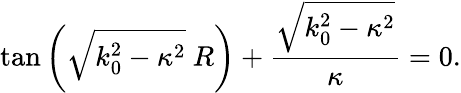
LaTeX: \tan\left(\sqrt{k_{0}^{2}-\kappa^{2}}\ R\right)+\frac{\sqrt{k_{0}^{2}-\kappa^{2}}}{\kappa}=0.